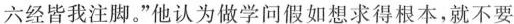
六经皆我注脚。”他认为做学问假如想求得根本，就不要